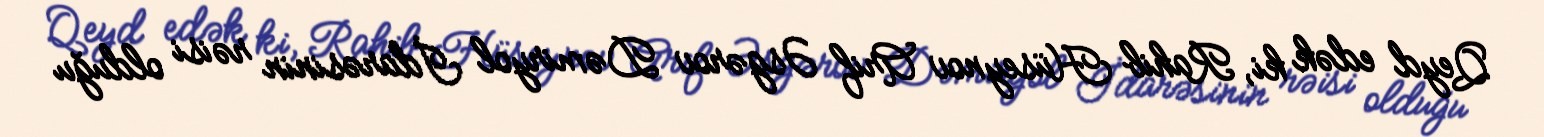
Qeyd edək ki, Rahib Hüseynov Arif Əsgərov Dəmiryol İdarəsinin rəisi olduğu